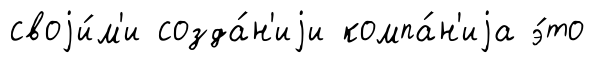
своjи́м'и созда́н'иjи компа́н'иjа э́то